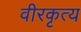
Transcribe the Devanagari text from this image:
वीरकृत्य